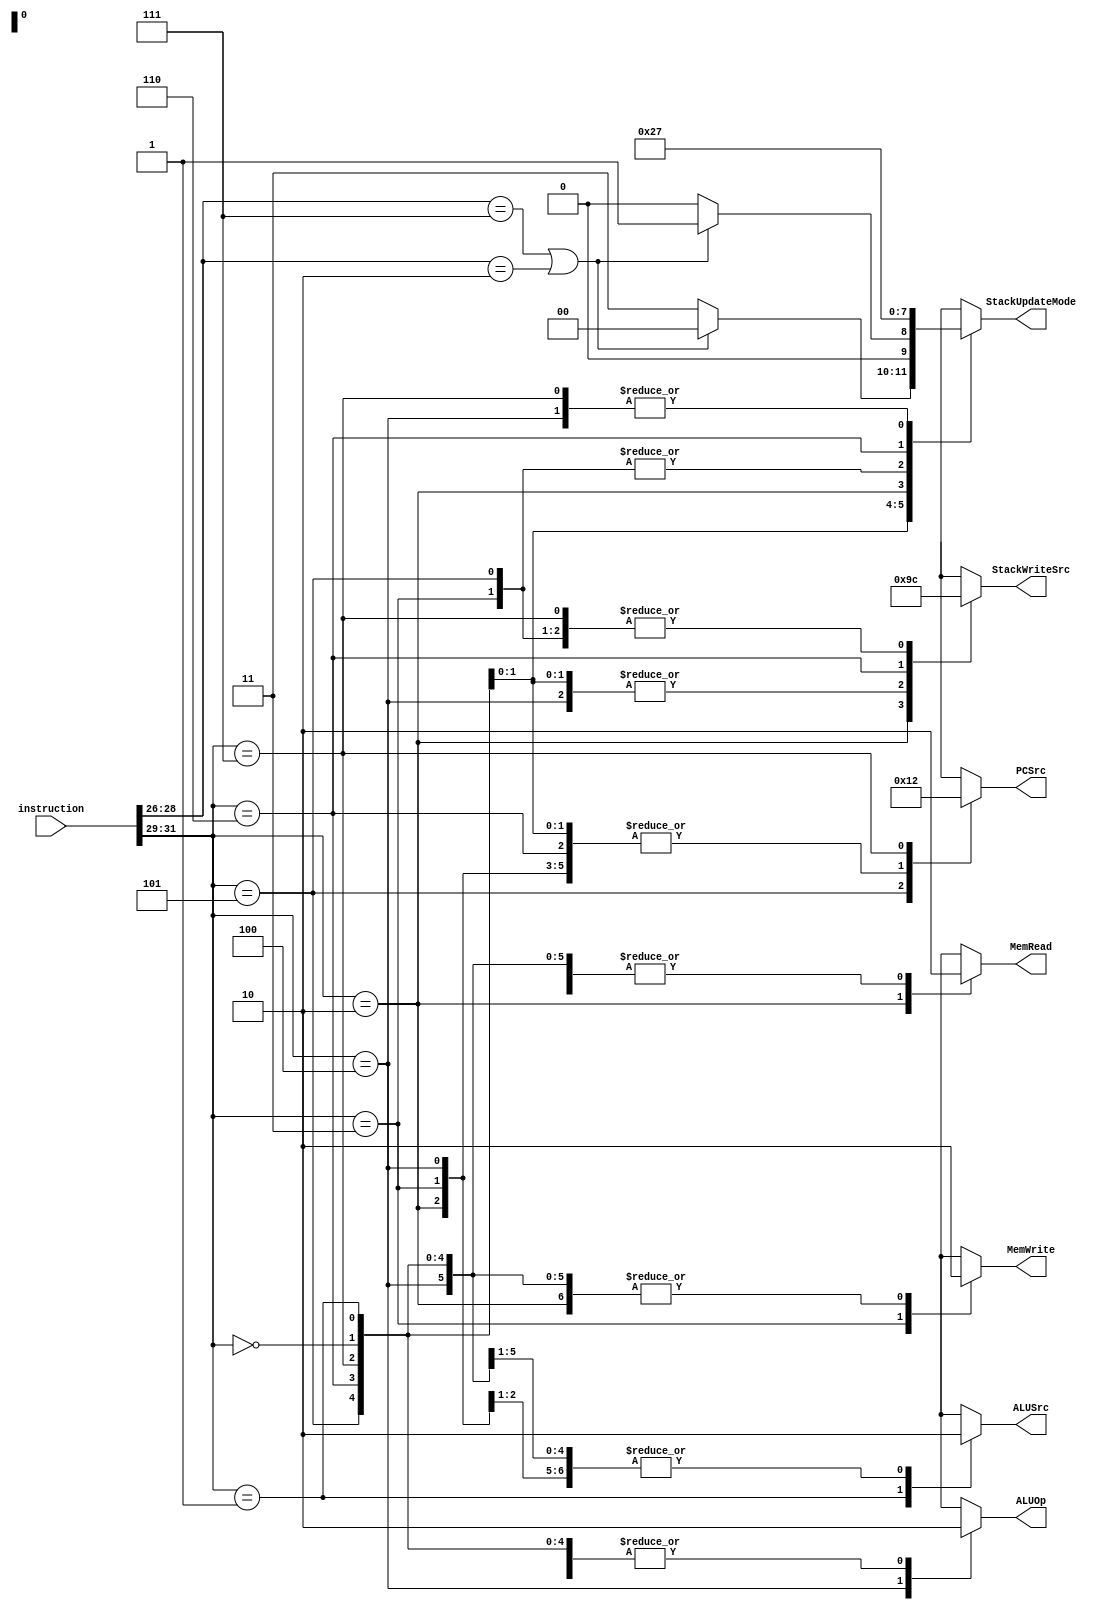
/* 
 * Challenge #5 :
 * Implement the instruction decoder
 * and the controller in Verilog
 */

// Control Unit
module Decode_Control(
    instruction, 
    ALUOp,
    PCSrc,
    MemRead,
    MemWrite,
    StackWriteSrc,
    ALUSrc,
    StackUpdateMode
    );

    parameter REG_BITS = 32;

    input [REG_BITS-1:0] instruction;

    reg [2:0] opcode1;
    reg [2:0] opcode2;

    output reg ALUOp; // 0: default, 1: comparator
    output reg [1:0] PCSrc; // 00: PC_temp, 01: branch, 10: pop_pc
    output reg MemRead;
    output reg MemWrite;
    output reg [1:0] StackWriteSrc; // 00: no write, 01: ALUresult, 10: dmem_read, 11: PC_temp
    output reg ALUSrc; // 0: stack, 1: immediate
    output reg [1:0] StackUpdateMode; //00: sp, 01: sp+1, 10: sp-2, 11: sp-1

    always @(instruction) begin
        opcode1 = instruction[REG_BITS-1:REG_BITS-3];
        opcode2 = instruction[REG_BITS-4:REG_BITS-6];

        case(opcode1)
            // Group 1: add, sub, neg, mult, and, or, xor, not
            3'b000: begin
                ALUOp = 1'b0;
                PCSrc = 2'b00;
                MemRead = 0;
                MemWrite = 0;
                StackWriteSrc = 2'b01;
                ALUSrc = 0;
                if (opcode2 == 3'b111 || opcode2 == 3'b010) StackUpdateMode = 2'b00;
                else StackUpdateMode = 2'b11;

            end
            // Group 2: addi, subi, negi, multi, andi, ori, xori, noti
            3'b001: begin
                ALUOp = 1'b0;
                PCSrc = 2'b00;
                MemRead = 0;
                MemWrite = 0;
                StackWriteSrc = 2'b01;
                ALUSrc = 1;
                if (opcode2 == 3'b111 || opcode2 == 3'b010) StackUpdateMode = 2'b01;
                else StackUpdateMode = 2'b00;

            end
            // Group 3: push
            3'b010: begin
                ALUOp = 1'b0;
                PCSrc = 2'b00;
                MemRead = 1;
                MemWrite = 0;
                StackWriteSrc = 2'b10;
                ALUSrc = 0;
                StackUpdateMode = 2'b00;
                
            end
            // Group 4: pop
            3'b011: begin
                ALUOp = 1'b0;
                PCSrc = 2'b00;
                MemRead = 0;
                MemWrite = 1;
                StackWriteSrc = 2'b00;
                ALUSrc = 0;
                StackUpdateMode = 2'b10;
                
            end
            // Group 5: eq, gt, leq
            3'b100: begin
                ALUOp = 1'b1;
                PCSrc = 2'b00;
                MemRead = 0;
                MemWrite = 0;
                StackWriteSrc = 2'b01;
                ALUSrc = 0;
                StackUpdateMode = 2'b11;

            end
            // Group 6: branch_zero, branch_nzero
            3'b101: begin
                ALUOp = 1'b0;
                PCSrc = 2'b01;
                MemRead = 0;
                MemWrite = 0;
                StackWriteSrc = 2'b00;
                ALUSrc = 0;
                StackUpdateMode = 2'b10;
                
            end
            // Group 7: push_pc
            3'b110: begin
                ALUOp = 1'b0;
                PCSrc = 2'b00;
                MemRead = 0;
                MemWrite = 0;
                StackWriteSrc = 2'b11;
                ALUSrc = 0;
                StackUpdateMode = 2'b01;
                
            end
            // Group 8: pop_pc
            3'b111: begin
                ALUOp = 1'b0;
                PCSrc = 2'b10;
                MemRead = 0;
                MemWrite = 0;
                StackWriteSrc = 2'b00;
                ALUSrc = 0;
                StackUpdateMode = 2'b11;
                
            end
        endcase
    end
endmodule